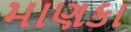
માણકા